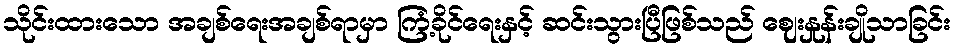
သိုင်းထားသော အချစ်ရေးအချစ်ရာမှာ ကြံ့ခိုင်ရေးနှင့် ဆင်းသွားပြီဖြစ်သည် ဈေးနှုန်းချိုသာခြင်း